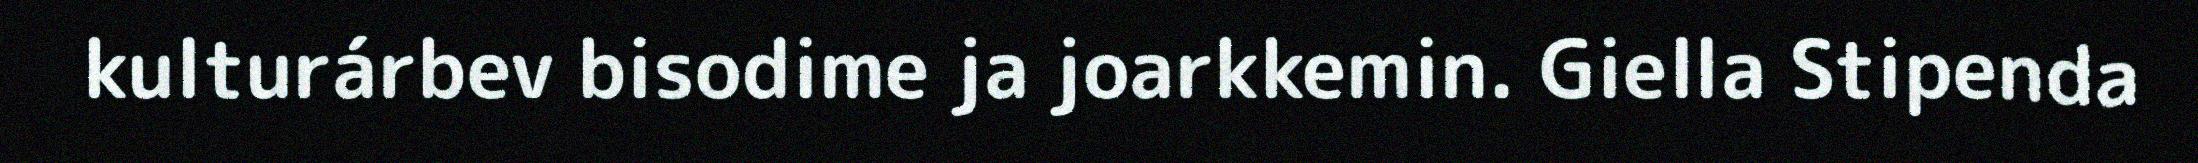
kulturárbev bisodime ja joarkkemin. Giella Stipenda